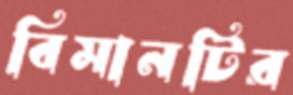
বিমানটির